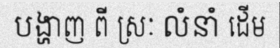
បង្ហាញ ពី ស្រៈ លំនាំ ដើម